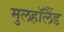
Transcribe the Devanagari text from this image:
मुलहॉलैंड